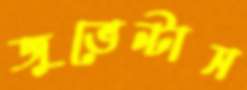
জুভেন্টাস